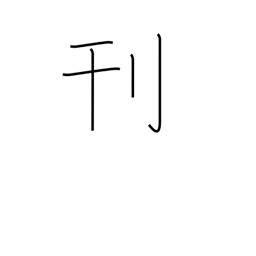
Meaning: carve